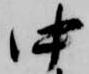
中